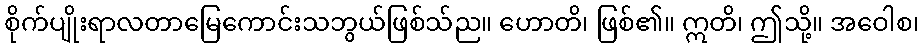
စိုက်ပျိုးရာလတာမြေကောင်းသဘွယ်ဖြစ်သ်ည။ ဟောတိ၊ ဖြစ်၏။ ဣတိ၊ ဤသို့။ အဝေါစ၊